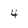
Character: 4